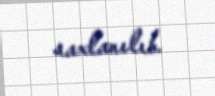
saxlanılıb.